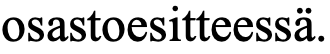
osastoesitteessä.